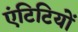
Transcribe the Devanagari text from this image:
एंटिटियों